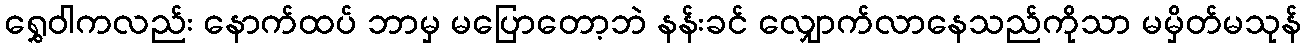
ရွှေဝါကလည်း နောက်ထပ် ဘာမှ မပြောတော့ဘဲ နန်းခင် လျှောက်လာနေသည်ကိုသာ မမှိတ်မသုန်